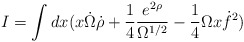
\begin{align*}I = \int dx ( x \dot{\Omega} \dot{\rho}+ \frac{1}{4}\frac{e^{2 \rho}}{\Omega^{1/2}} - \frac{1}{4} \Omega x\dot{f}^2 )\end{align*}